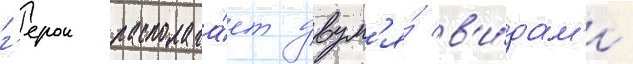
г'ерои располага́ет двум'я́ в'и́дам'и